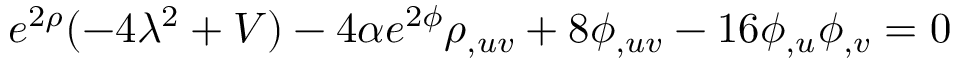
e ^ { 2 \rho } ( - 4 \lambda ^ { 2 } + V ) - 4 \alpha e ^ { 2 \phi } \rho _ { , u v } + 8 \phi _ { , u v } - 1 6 \phi _ { , u } \phi _ { , v } = 0